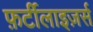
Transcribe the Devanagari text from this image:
फ़र्टीलाइज़र्स